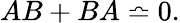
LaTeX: AB+BA\bumpeq 0.